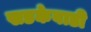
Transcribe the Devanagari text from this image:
खडकेवाडी